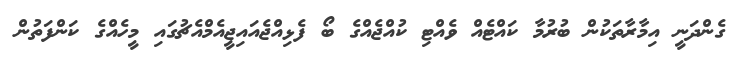
ގެންދަނީ އިމާރާތަކުން ބުރުމާ ކައްޓެއް ވެއްޓި ކުއްޖެއްގެ ބޯ ފެޅިއްޖެއައިޖީއެމްއެޗުގައި މީހެއްގެ ކަންފަތުން